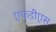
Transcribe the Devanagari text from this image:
एफडीएस